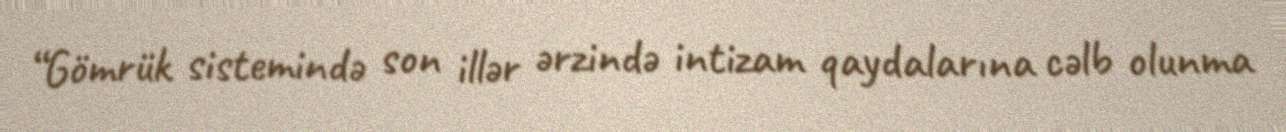
“Gömrük sistemində son illər ərzində intizam qaydalarına cəlb olunma